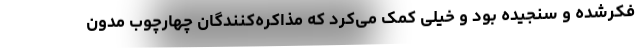
فکرشده و سنجیده بود و خیلی کمک می‌کرد که مذاکره‌کنندگان چهارچوب مدون